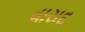
વાસદ